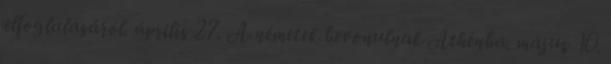
elfoglalásáról. április 27. A németek bevonulnak Athénba. május 10.